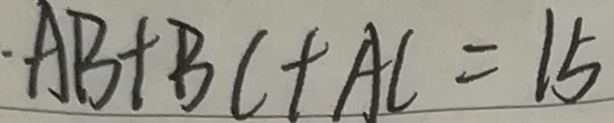
A B + B C + A C = 1 5